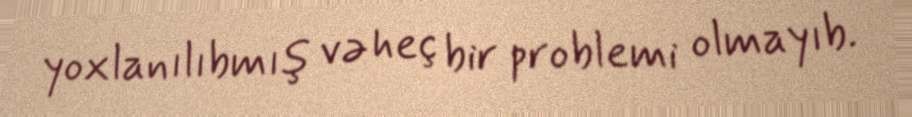
yoxlanılıbmış və heç bir problemi olmayıb.